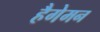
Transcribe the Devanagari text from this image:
हैगेमन